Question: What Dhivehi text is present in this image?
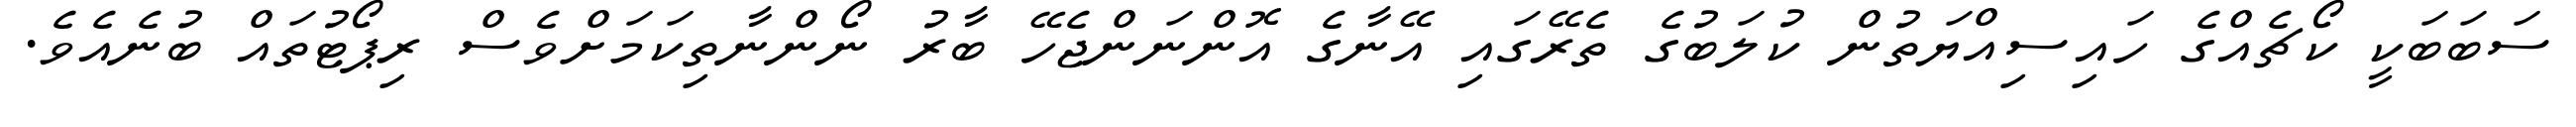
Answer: ސަބަބަކީ ކޯޗެއްގެ ހައިސިއްޔަތުން ކުލަބުގެ ތެރޭގައި އޭނާގެ އޮންނަންޖެހޭ ބާރު ނޯންނާތިކަމަށްވެސް ރިޕޯޓުތައް ބުނެއެވެ.